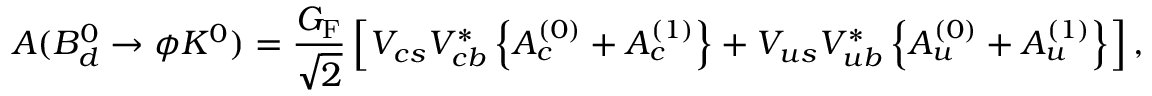
A ( B _ { d } ^ { 0 } \to \phi K ^ { 0 } ) = \frac { G _ { \mathrm { F } } } { \sqrt { 2 } } \left[ V _ { c s } V _ { c b } ^ { \ast } \left\{ { \cal A } _ { c } ^ { ( 0 ) } + { \cal A } _ { c } ^ { ( 1 ) } \right\} + V _ { u s } V _ { u b } ^ { \ast } \left\{ { \cal A } _ { u } ^ { ( 0 ) } + { \cal A } _ { u } ^ { ( 1 ) } \right\} \right] ,